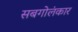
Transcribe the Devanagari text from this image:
सबगोलंकार